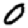
Digit: 0